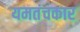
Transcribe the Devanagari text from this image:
यमतंचकार